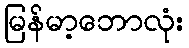
မြန်မာ့ဘောလုံး